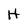
Character: H